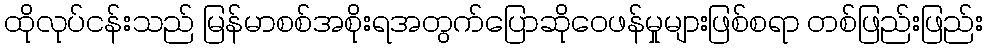
ထိုလုပ်ငန်းသည် မြန်မာစစ်အစိုးရအတွက်ပြောဆိုဝေဖန်မှုများဖြစ်စရာ တစ်ဖြည်းဖြည်း